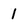
Character: 1